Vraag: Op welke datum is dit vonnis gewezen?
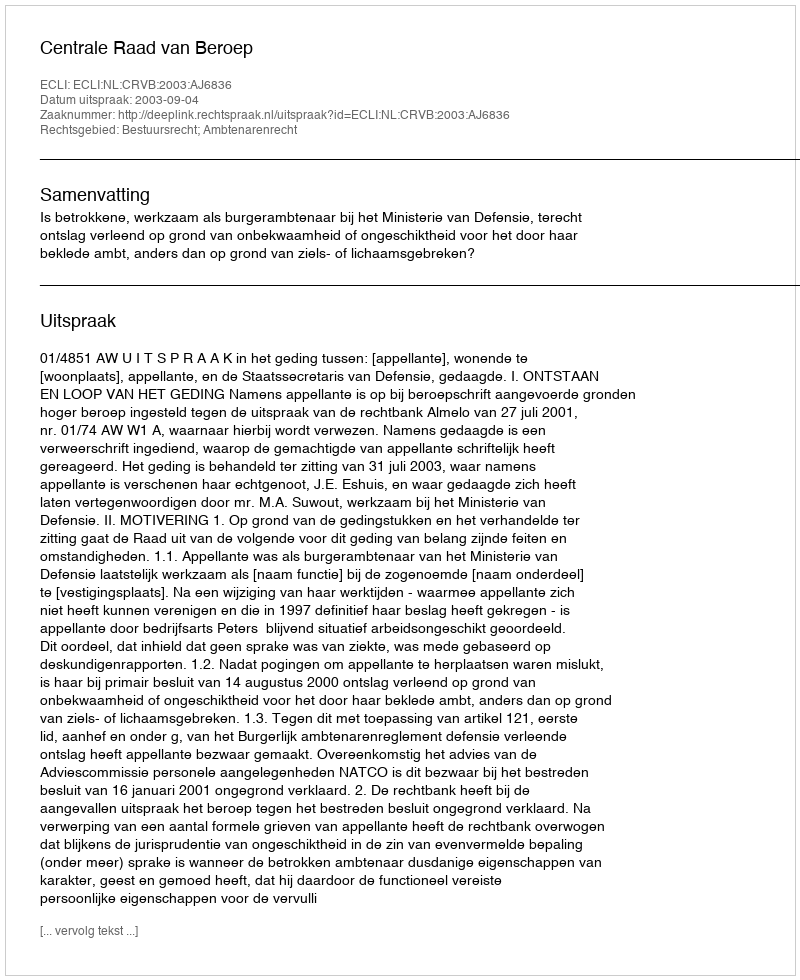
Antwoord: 2003-09-04